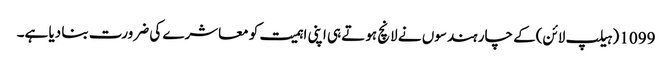
1099 (ہیلپ لائن)کے چار ہندسوں نے لانچ ہوتے ہی اپنی اہمیت کو معاشرے کی ضرورت بنا دیا ہے۔